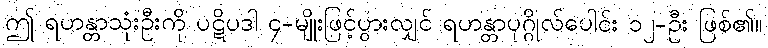
ဤ ရဟန္တာသုံးဦးကို ပဋိပဒါ ၄-မျိုးဖြင့်ပွားလျှင် ရဟန္တာပုဂ္ဂိုလ်ပေါင်း ၁၂-ဦး ဖြစ်၏။